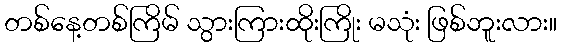
တစ်နေ့တစ်ကြိမ် သွားကြားထိုးကြိုး မသုံး ဖြစ်ဘူးလား။